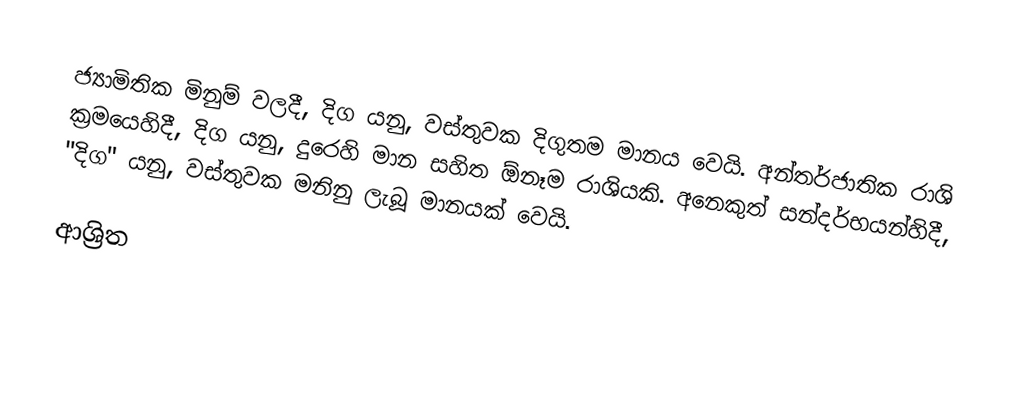
ජ්‍යාමිතික මිනුම් වලදී, දිග යනු, වස්තුවක දිගුතම මානය වෙයි.    අන්තර්ජාතික රාශි ක්‍රමයෙහිදී, දිග යනු, දුරෙහි මාන සහිත ඕනෑම රාශියකි. අනෙකුත් සන්දර්භයන්හිදී,  "දිග" යනු, වස්තුවක මනිනු ලැබූ මානයක් වෙයි.

ආශ්‍රිත